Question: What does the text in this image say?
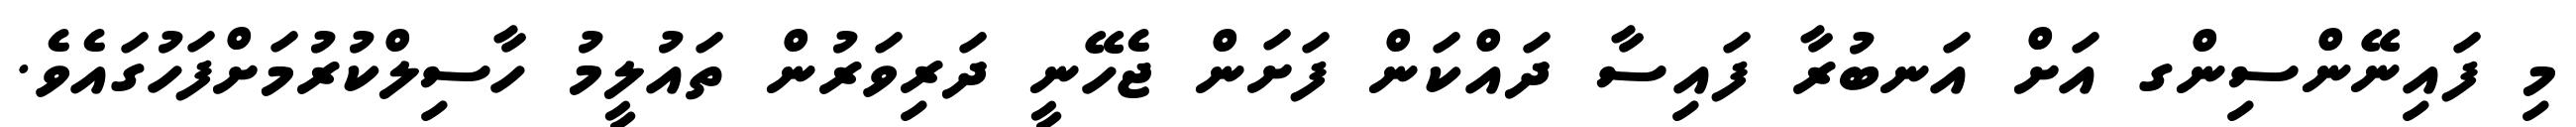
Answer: މި ފައިނޭންސިންގ އަށް އަނބުރާ ފައިސާ ދައްކަން ފަށަން ޖެހޭނީ ދަރިވަރުން ތައުލީމު ހާސިލްކުރުމަށްފަހުގައެވެ.